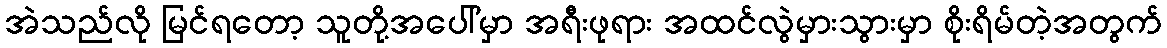
အဲသည်လို မြင်ရတော့ သူတို့အပေါ်မှာ အရီးဖုရား အထင်လွဲမှားသွားမှာ စိုးရိမ်တဲ့အတွက်